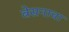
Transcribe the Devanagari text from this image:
बेसनाचा